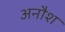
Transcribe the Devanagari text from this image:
अनौश